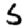
Digit: 5